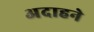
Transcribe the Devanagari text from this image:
अदाहने